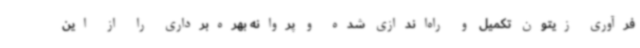
فرآوری زیتون تکمیل و راه‌اندازی شده و پروانه بهره‌برداری را از این